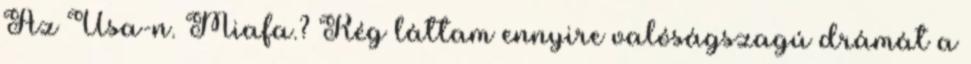
Az Usa-n. Miafa.? Rég láttam ennyire valóságszagú drámát a